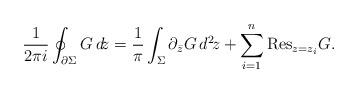
LaTeX: \begin{align*}\frac{1}{2\pi i}\oint_{\partial\Sigma}G\,d\!z=\frac{1}{\pi}\int_{\Sigma}\partial_{\bar{z}} G\,d^2\!z+\sum_{i=1}^n{\rm Res}_{z= z_i}G.\end{align*}